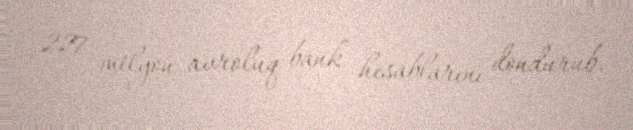
227 milyon avroluq bank hesablarını dondurub.